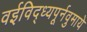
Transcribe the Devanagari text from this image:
वईविद्ध्यपूर्नवुमाये